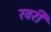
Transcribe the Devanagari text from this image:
रवरी